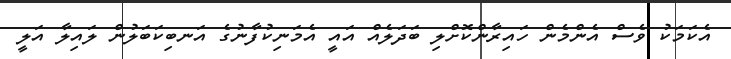
އެކަމަކު ވެސް އެންމެން ހައިރާންކޮށްލި ބަދަލެއް އައީ އެމަނިކުފާނުގެ އަނބިކަބަލުން ލައިލާ އަލީ